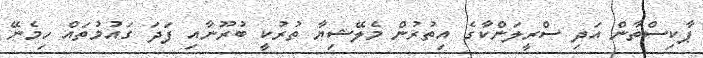
ޕާކިސްތާން އަދި ސްރީލަންކާގެ އިތުރުން މެލޭޝިޔާ ތުރުކީ ބުރޫނާއި ފަދަ ގައުމުތައް ހިމެނޭ